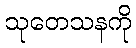
သုတေသနကို